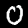
Digit: 0